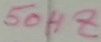
Text: 50HZ